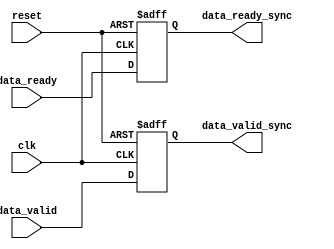
module timing_control_and_sync(
    input wire clk,
    input wire reset,
    input wire data_valid,
    input wire data_ready,
    output reg data_valid_sync,
    output reg data_ready_sync
);

// Synchronize data_valid signal
always @(posedge clk or posedge reset) begin
    if (reset) begin
        data_valid_sync <= 1'b0;
    end else begin
        data_valid_sync <= data_valid;
    end
end

// Synchronize data_ready signal
always @(posedge clk or posedge reset) begin
    if (reset) begin
        data_ready_sync <= 1'b0;
    end else begin
        data_ready_sync <= data_ready;
    end
end

endmodule